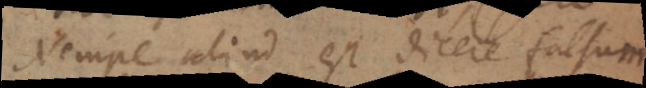
Nempe aliud est dicere falsum